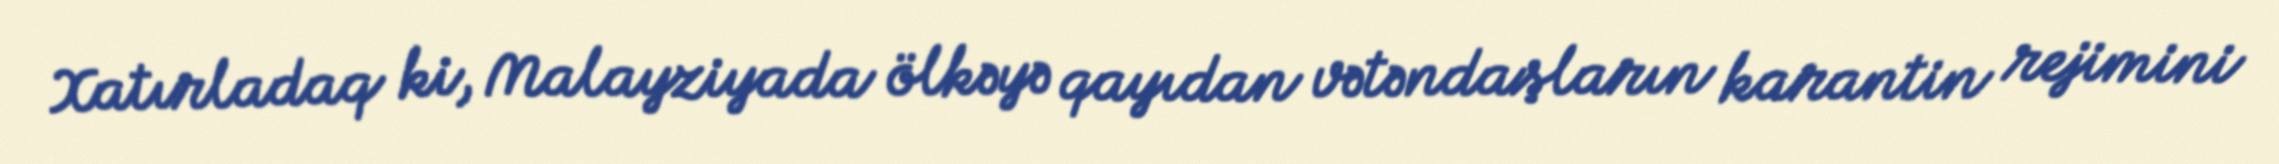
Xatırladaq ki, Malayziyada ölkəyə qayıdan vətəndaşların karantin rejimini